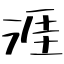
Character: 涯